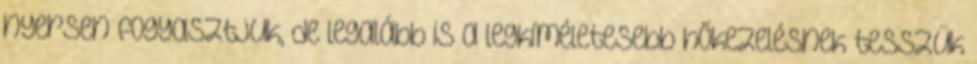
nyersen fogyasztjuk, de legalább is a legkíméletesebb hőkezelésnek tesszük